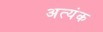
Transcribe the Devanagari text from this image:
अत्यंक